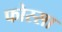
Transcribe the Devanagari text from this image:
फोस्सा